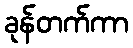
ခုန်တက်ကာ